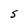
Character: 5